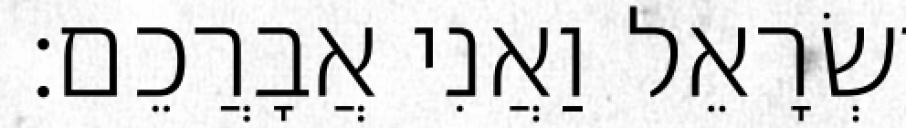
יִשְׂרָאֵל וַאֲנִי אֲבָרֲכֵם׃